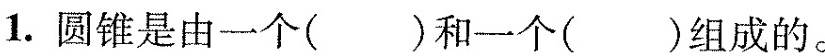
1。圆锥是由一个（）和一个（）组成的。